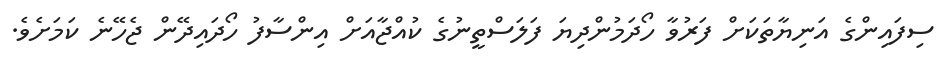
ސިފައިންގެ އަނިޔާތަކަށް ފަރުވާ ހޯދަމުންދިޔަ ފަލަސްތީނުގެ ކުއްޖާއަށް އިންސާފު ހޯދައިދޭން ޖެހޭނެ ކަމަށެވެ.